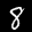
Label: 8